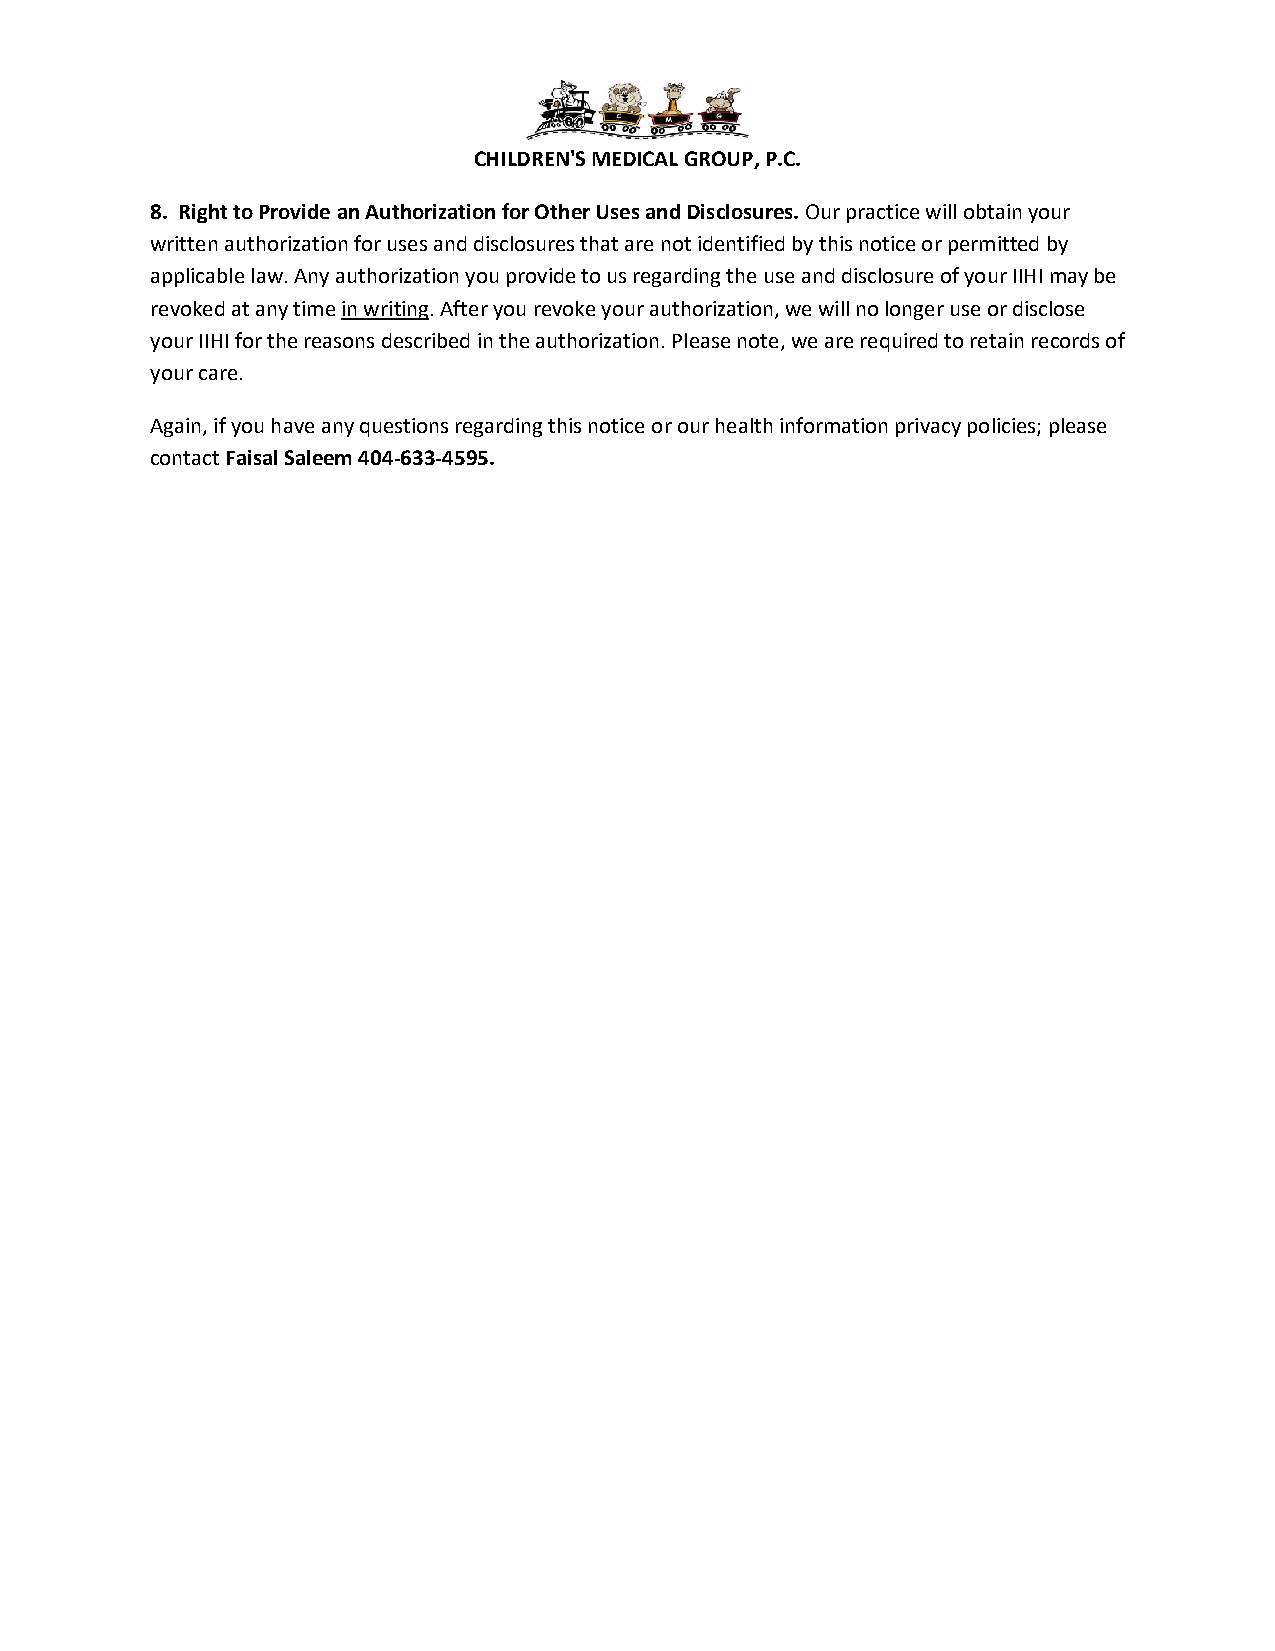
CHILDREN'S MEDICAL GROUP, P.C.
 8. Right to Provide an Authorization for Other Uses and Disclosures. Our practice will obtain your
 written authorization for uses and disclosures that are not identified by this notice or permitted by
 applicable law. Any authorization you provide to us regarding the use and disclosure of your IIHI may be
 revoked at any time in writing. After you revoke your authorization, we will no longer use or disclose
 your IIHI for the reasons described in the authorization. Please note, we are required to retain records of
 your care.
 Again, if you have any questions regarding this notice or our health information privacy policies; please
 contact Faisal Saleem 404-633-4595.